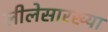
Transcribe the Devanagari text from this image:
लीलेसारख्या